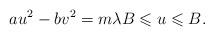
LaTeX: \begin{align*} au^2-bv^2= m \lambda B\leqslant u\leqslant B.\end{align*}